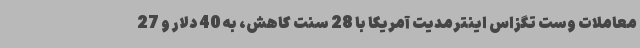
معاملات وست تگزاس اینترمدیت آمریکا با 28 سنت کاهش، به 40 دلار و 27